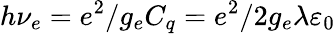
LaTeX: h\nu_{e}=e^{2}/g_{e}C_{q}=e^{2}/2g_{e}\lambda\varepsilon_{0}